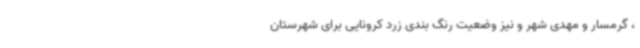
، گرمسار و مهدی شهر و نیز وضعیت رنگ بندی زرد کرونایی برای شهرستان